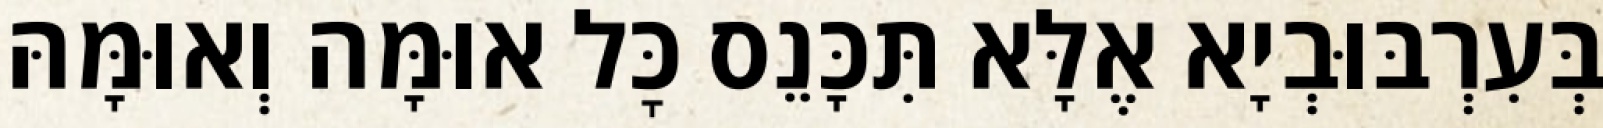
בְּעִרְבּוּבְיָא אֶלָּא תִּכָּנֵס כׇּל אוּמָּה וְאוּמָּהּ